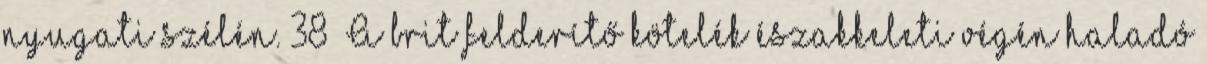
nyugati szélén. 38 A brit felderítő kötelék északkeleti végén haladó